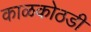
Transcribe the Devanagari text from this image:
काळकोठडी